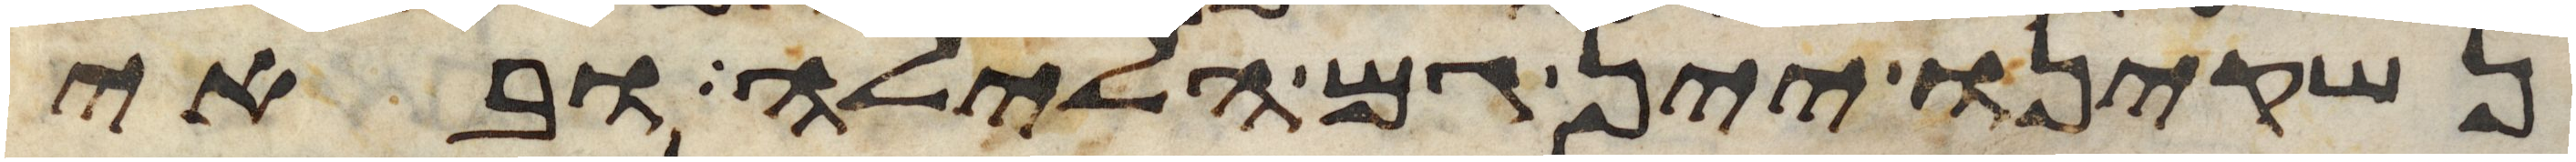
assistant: נשקינו יין גם הלילה ובאי